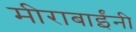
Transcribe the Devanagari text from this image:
मीराबाईंनी